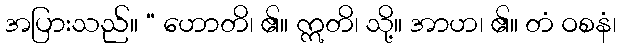
အပြားသည်။ “ ဟောတိ၊ ၏။ ဣတိ၊ သို့။ အာဟ၊ ၏။ တံ ဝစနံ၊